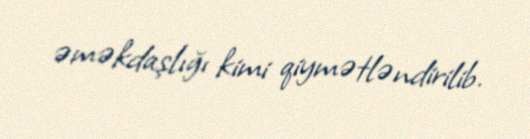
əməkdaşlığı kimi qiymətləndirilib.